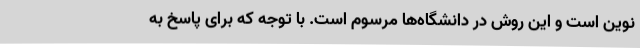
نوین است و این روش در دانشگاه‌ها مرسوم است. با توجه که برای پاسخ به